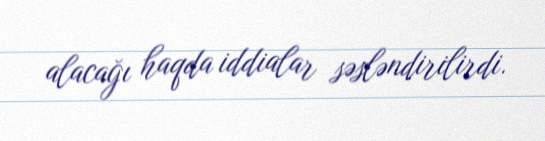
alacağı haqda iddialar səsləndirilirdi.